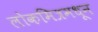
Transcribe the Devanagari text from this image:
लोकमित्रमधून